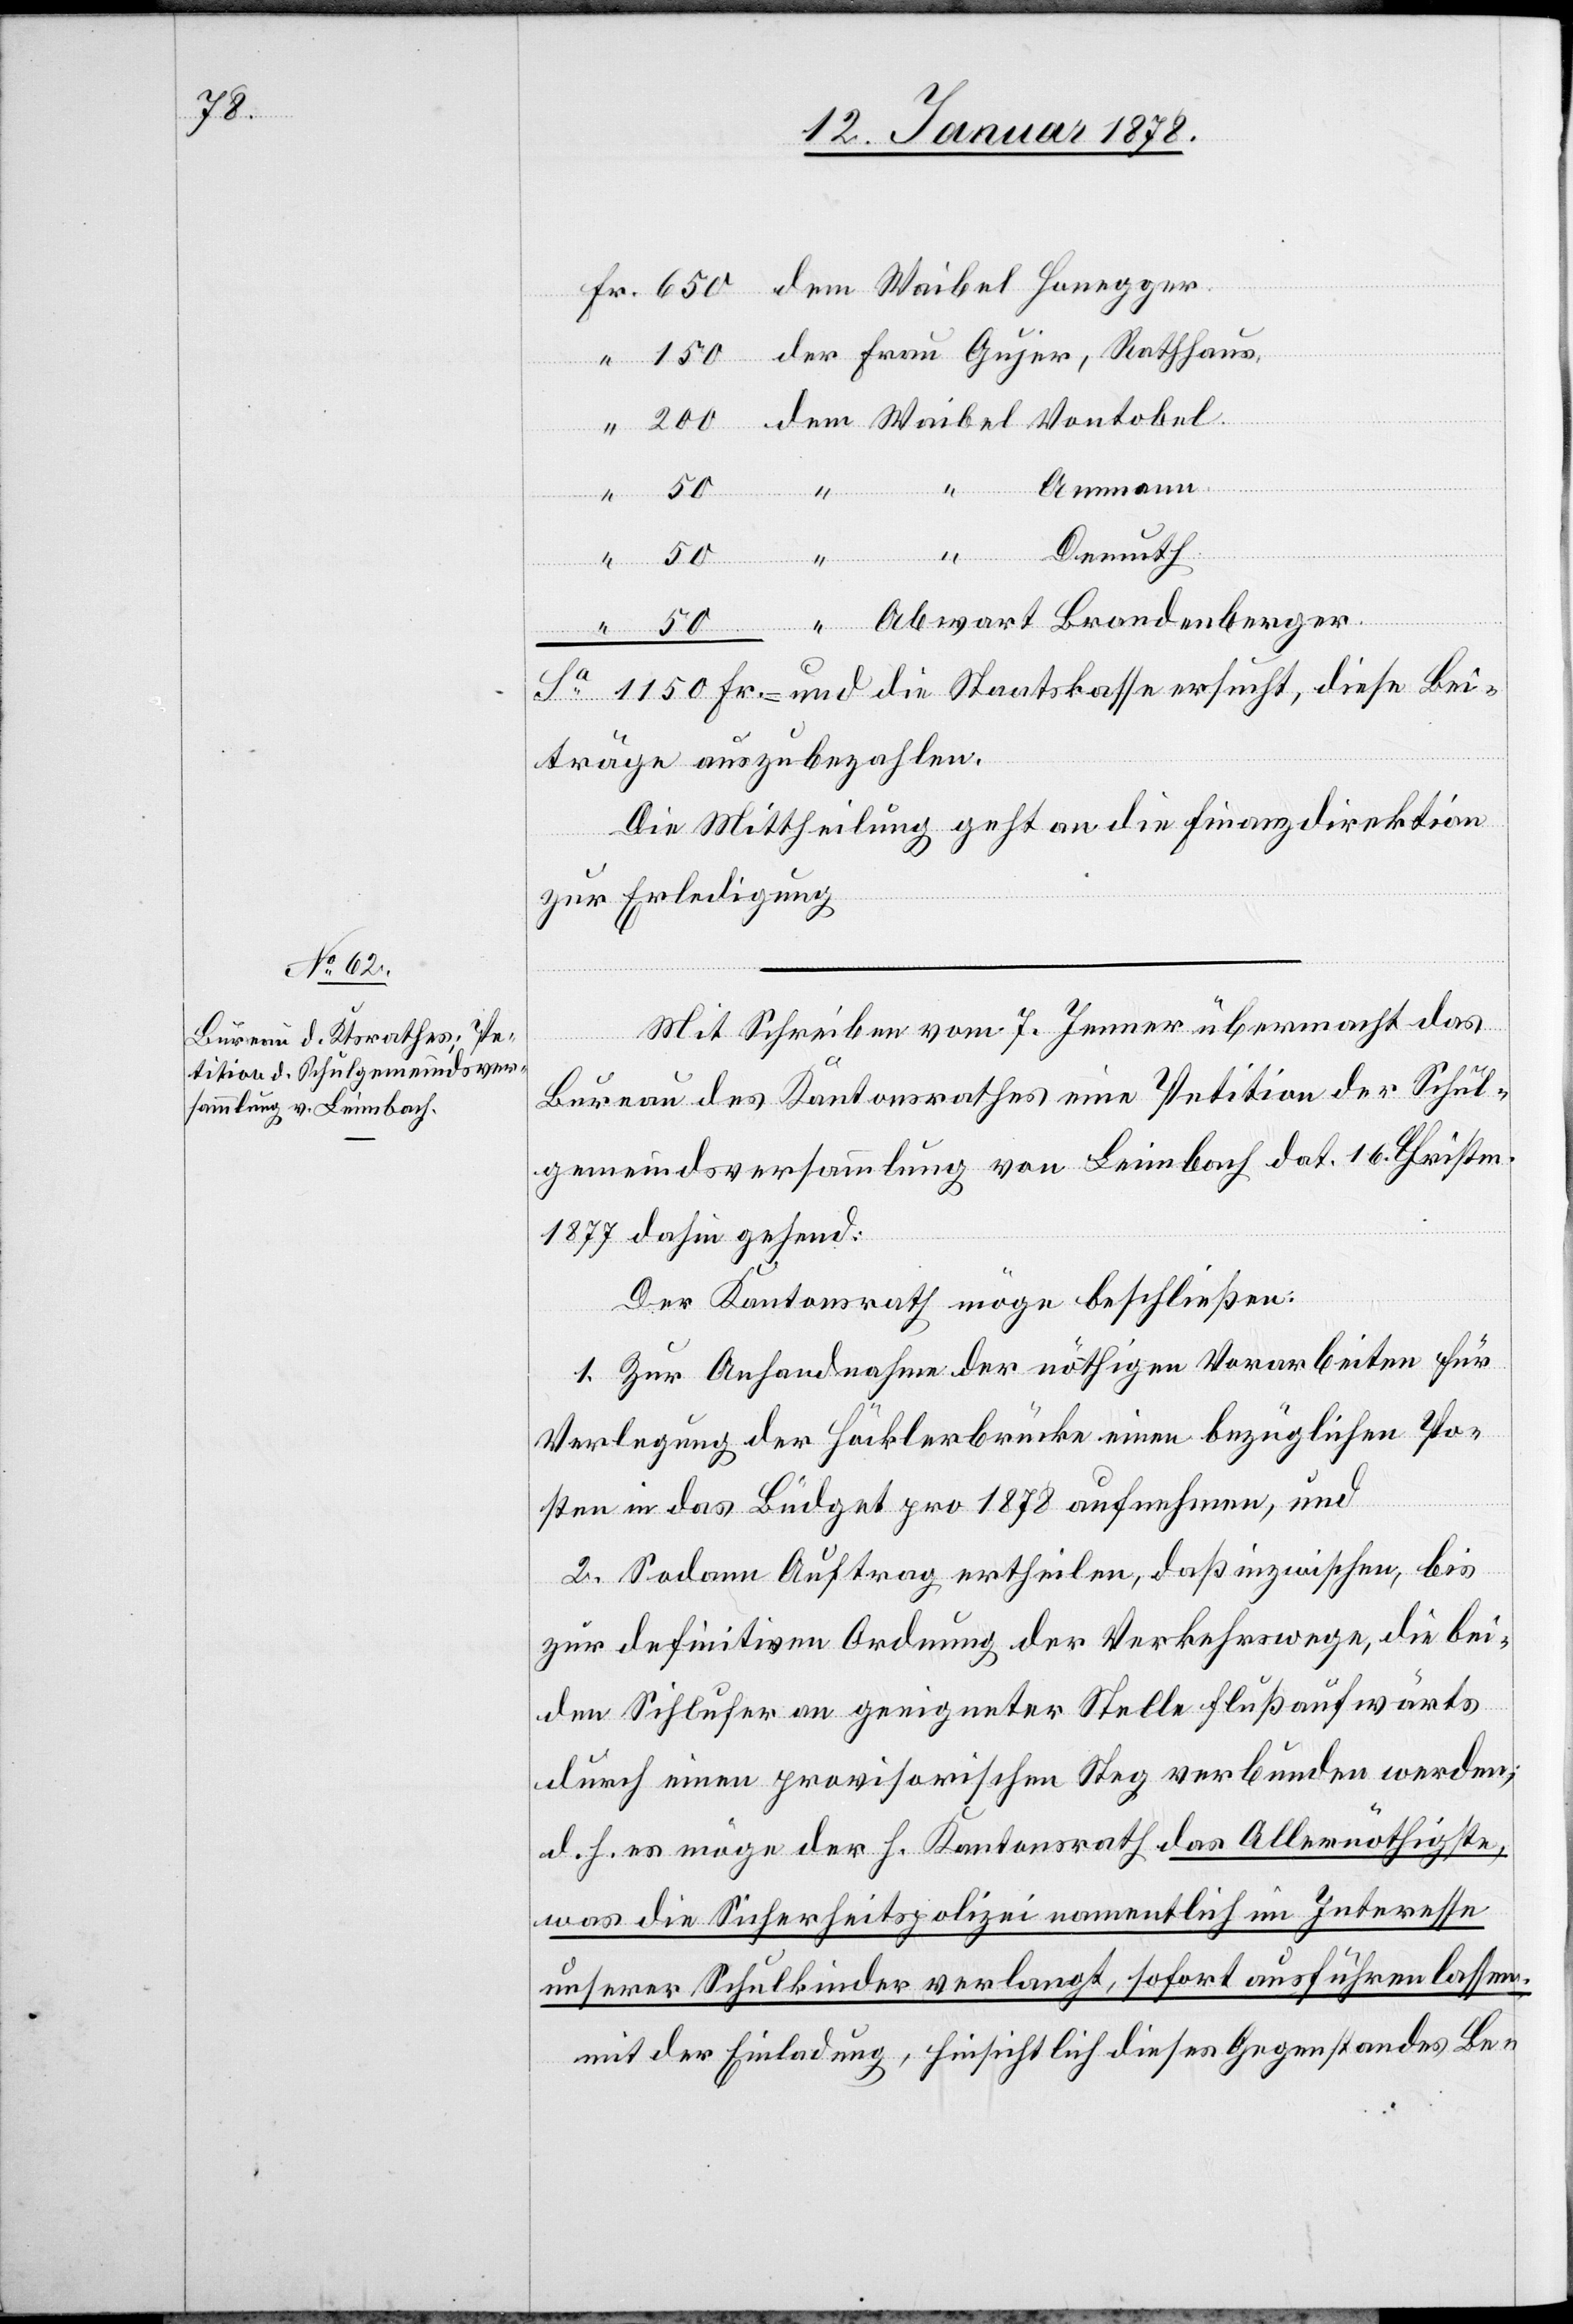
die
der Frau Gujer, Rathhaus
“
dem Waibel Vontobel
“
Ammann
Demuth
ersucht, diese
1150
träge auszubezahlen.
Die Mittheilung geht an die Finanzdirektion
zur Erledigung.
Mit Schreiben vom 7. Jenner übermacht das
Bei¬
Bureau des Kantonsrathes eine Petition der Schul¬
gemeindsversammlung von Leimbach dat. 16. Christm.
1877 dahin gehend:
Der Kantonsrath möge beschließen:
1. Zur Anhandnahme der nöthigen Vorarbeiten für
Verlegung der Häcklerbrücke einen bezüglichen Po¬
sten in das Büdget pro 1878 aufnehmen, und
2. Sodann Auftrag ertheilen, daß inzwischen, bis
zur definitiven Ordnung der Verkehrswege, die bei¬
den Sihlufer an geeigneter Stelle flußaufwärts
durch einen provisorischen Steg verbunden werden;
d. h. es möge der h. Kantonsrath das Allernöthigste,
was die Sicherheitspolizei namentlich im Interesse
unserer Schulkinder verlangt, sofort ausführen lassen,
mit der Einladung, hinsichtlich dieses Gegenstandes Be-